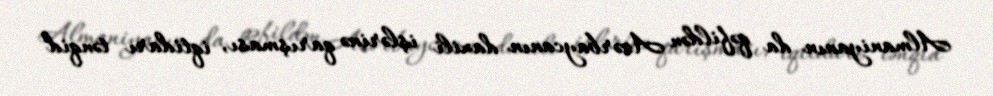
Almaniyanın da qəfildən Azərbaycanın daxili işlərinə qarışması, iqtidarı tənqid